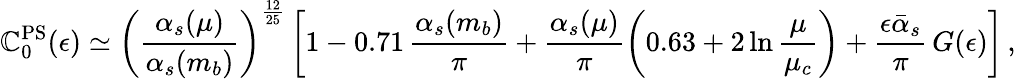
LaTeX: \mathbb{C}_{0}^{\mathrm{{PS}}}(\epsilon)\simeq\left(\frac{{\alpha_{s}(\mu)}}{{\alpha_{s}(m_{b})}}\right)^{\frac{{12}}{{25}}}\left[1-0.71\, \frac{{\alpha_{s}(m_{b})}}{{\pi}}+\frac{{\alpha_{s}(\mu)}}{{\pi}}\left(0.63+2\ln\frac{{\mu}}{{\mu_{c}}}\right)+\frac{{\epsilon\bar{{\alpha}}_{s}}}{{\pi}}\, G(\epsilon)\right]\, ,